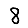
Digit: 8